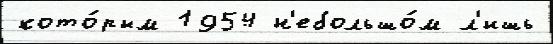
кото́рым 1954 н'ебольшо́м л'ишь